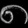
Digit: ၈